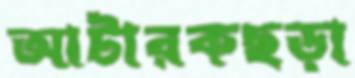
আটারকছড়া